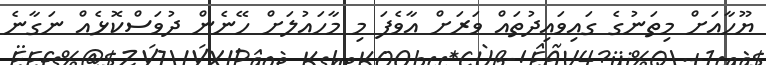
ޔޫހާއަށް މިތަނުގެ ގައިވައިދުތައް ވަރަށް އާވެފަ މި މާހައުލަށް ހޭނެން ދުވަސްކޮޅެއް ނަގާނެ